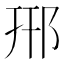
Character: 郉